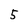
Character: 5